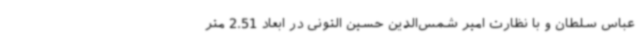
عباس سلطان و با نظارت امیر شمس‌الدین حسین التونی در ابعاد 2.51 متر